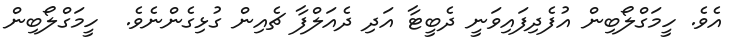
އެވެ. ހީމަގްލޯބިން އުފެދިފައިވަނީ ދެބީޓާ އަދި ދެއަލްފާ ޗެއިން ގުޅިގެންނެވެ.  ހީމަގްލޯބިން